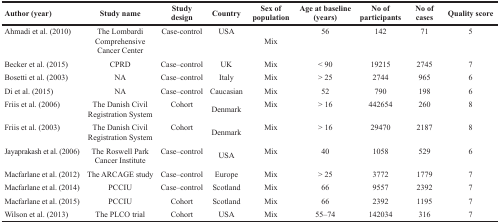
<table><thead><tr><td><b>Author (year)</b></td><td><b>Study name</b></td><td><b>Study design</b></td><td><b>Country</b></td><td><b>Sex of population</b></td><td><b>Age at baseline (years)</b></td><td><b>No of participants</b></td><td><b>No of cases</b></td><td><b>Quality score</b></td></tr></thead><tbody><tr><td>Ahmadi et al. (2010)</td><td>The Lombardi Comprehensive Cancer Center</td><td>Case-control</td><td>USA</td><td>Mix</td><td>56</td><td>142</td><td>71</td><td>5</td></tr><tr><td>Becker et al. (2015)</td><td>CPRD</td><td>Case–control</td><td>UK</td><td>Mix</td><td>&lt; 90</td><td>19215</td><td>2745</td><td>7</td></tr><tr><td>Bosetti et al. (2003)</td><td>NA</td><td>Case–control</td><td>Italy</td><td>Mix</td><td>&gt; 25</td><td>2744</td><td>965</td><td>6</td></tr><tr><td>Di et al. (2015)</td><td>NA</td><td>Case–control</td><td>Caucasian</td><td>Mix</td><td>52</td><td>790</td><td>198</td><td>6</td></tr><tr><td>Friis et al. (2006)</td><td>The Danish Civil Registration System</td><td>Cohort</td><td>Denmark</td><td>Mix</td><td>&gt; 16</td><td>442654</td><td>260</td><td>8</td></tr><tr><td>Friis et al. (2003)</td><td>The Danish Civil Registration System</td><td>Cohort</td><td>Denmark</td><td>Mix</td><td>&gt; 16</td><td>29470</td><td>2187</td><td>8</td></tr><tr><td>Jayaprakash et al. (2006)</td><td>The Roswell Park Cancer Institute</td><td>Case–control</td><td>USA</td><td>Mix</td><td>40</td><td>1058</td><td>529</td><td>6</td></tr><tr><td>Macfarlane et al. (2012)</td><td>The ARCAGE study</td><td>Case–control</td><td>Europe</td><td>Mix</td><td>&gt; 25</td><td>3772</td><td>1779</td><td>7</td></tr><tr><td>Macfarlane et al. (2014)</td><td>PCCIU</td><td>Case–control</td><td>Scotland</td><td>Mix</td><td>66</td><td>9557</td><td>2392</td><td>7</td></tr><tr><td>Macfarlane et al. (2015)</td><td>PCCIU</td><td>Cohort</td><td>Scotland</td><td>Mix</td><td>66</td><td>2392</td><td>1195</td><td>7</td></tr><tr><td>Wilson et al. (2013)</td><td>The PLCO trial</td><td>Cohort</td><td>USA</td><td>Mix</td><td>55–74</td><td>142034</td><td>316</td><td>7</td></tr></tbody></table>